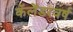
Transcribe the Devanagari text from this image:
कॅलेंडरवर्ष